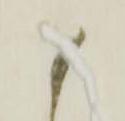
御